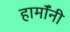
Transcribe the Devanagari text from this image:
हार्मॉनी